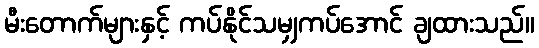
မီးတောက်များနှင့် ကပ်နိုင်သမျှကပ်အောင် ချထားသည်။